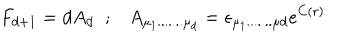
F _ { d + 1 } = d A _ { d } \; \; ; A _ { \mu _ { 1 } . . . . . . . \mu _ { d } } = \epsilon _ { \mu _ { 1 } . . . . . . . \mu { d } } e ^ { C ( r ) }